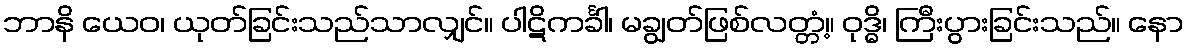
ဘာနိ ယေဝ၊ ယုတ်ခြင်းသည်သာလျှင်။ ပါဋိကင်္ခါ၊ မချွတ်ဖြစ်လတ္တံ့။ ဝုဒ္ဓိ၊ ကြီးပွားခြင်းသည်။ နော